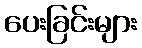
ပေးခြင်းများ